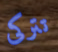
تتركى